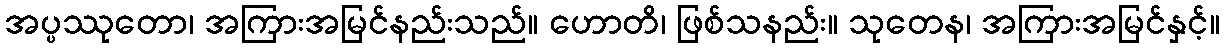
အပ္ပဿုတော၊ အကြားအမြင်နည်းသည်။ ဟောတိ၊ ဖြစ်သနည်း။ သုတေန၊ အကြားအမြင်နှင့်။